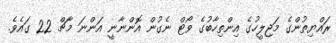
ރައްޔިތުންގެ މަޖިލީހުގެ އިންތިހާބުގެ ވޯޓް ނެގުން އޮންނާނީ އަންނަ މާޗް 22 ގައެވެ.